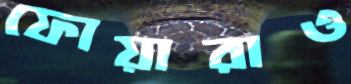
ফোয়ারাও